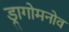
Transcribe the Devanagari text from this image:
ड्रागोमनोव